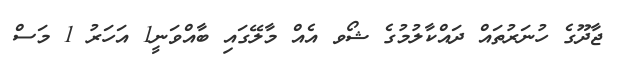
ޖާދޫގެ ހުނަރުތައް ދައްކާލުމުގެ ޝޯވ އެއް މާލޭގައި ބާއްވަނީ1 އަހަރު 1 މަސް